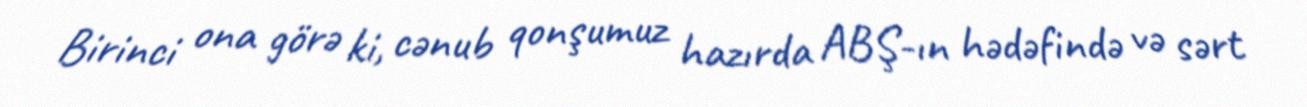
Birinci ona görə ki, cənub qonşumuz hazırda ABŞ-ın hədəfində və sərt